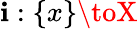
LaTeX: \mathbf{i}:\{ x\} \toX